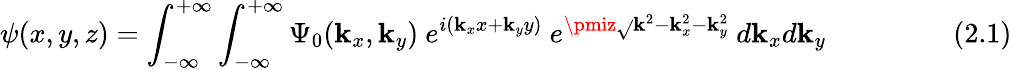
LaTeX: \psi(x,y,z)=\int_{-\infty}^{+\infty}\int_{-\infty}^{+\infty}\Psi_{0}(\mathbf{k}_{x},\mathbf{k}_{y})~e^{i(\mathbf{k}_{x}x+\mathbf{k}_{y}y)}~e^{\pmiz{\sqrt{}{{\mathbf{k}^{2}-\mathbf{k}_{x}^{2}-\mathbf{k}_{y}^{2}}}}}~d\mathbf{k}_{x}d\mathbf{k}_{y}~~~~~~~~~~~~~~~~~~(2.1)